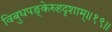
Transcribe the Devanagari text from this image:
विबुधपङ्केरुहदृशाम्॥१९॥